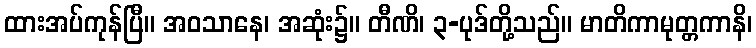
ထားအပ်ကုန်ပြီ။ အဝသာနေ၊ အဆုံး၌။ တီဏိ၊ ၃-ပုဒ်တို့သည်။ မာတိကာမုတ္တကာနိ၊